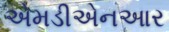
એમડીએનઆર